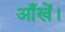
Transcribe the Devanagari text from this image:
आँखें।